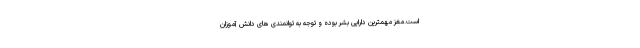
است.مغز مهمترین دارایی بشر بوده و توجه به توانمندی های دانش آموزان